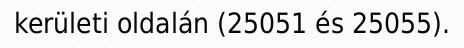
kerületi oldalán (25051 és 25055).